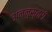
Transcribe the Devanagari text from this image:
अननुस्तरी